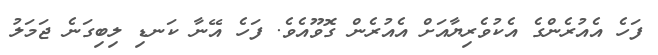
ފަހެ އެއުރެންގެ އެކުވެރިޔާއަށް އެއުރެން ގޮވޫއެވެ. ފަހެ އޭނާ ކަނޑި ލިބިގަނެ ޖަމަލު